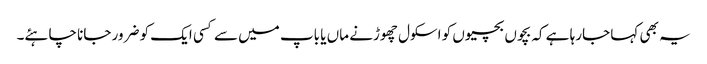
یہ بھی کہا جارہا ہے کہ بچوں بچیوں کو اسکول چھوڑنے ماں یا باپ میں سے کسی ایک کو ضرور جانا چاہئے۔